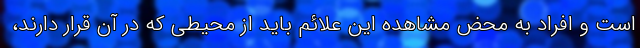
است و افراد به محض مشاهده این علائم باید از محیطی که در آن قرار دارند،